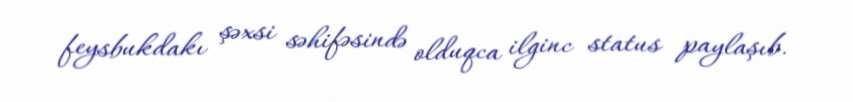
feysbukdakı şəxsi səhifəsində olduqca ilginc status paylaşıb.